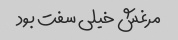
مرغش خیلی سفت بود